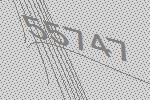
55747